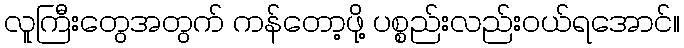
လူကြီးတွေအတွက် ကန်တော့ဖို့ ပစ္စည်းလည်းဝယ်ရအောင်။